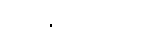
မေးချင်ပါတယ်။